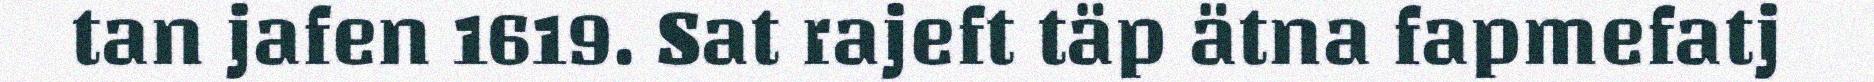
tan jafen 1619. Sat rajeft täp ätna fapmefatj